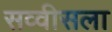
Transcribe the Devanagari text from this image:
सव्वीसला